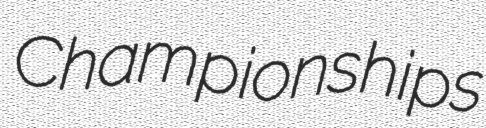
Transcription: Championships